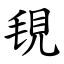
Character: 覒